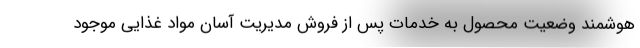
هوشمند وضعیت محصول به خدمات پس از فروش مدیریت آسان مواد غذایی موجود